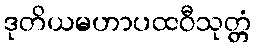
ဒုတိယမဟာပထဝီသုတ္တံ